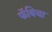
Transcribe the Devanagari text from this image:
फॅबिया